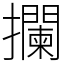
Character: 攔